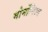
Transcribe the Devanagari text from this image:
मोर्मोनिज्म